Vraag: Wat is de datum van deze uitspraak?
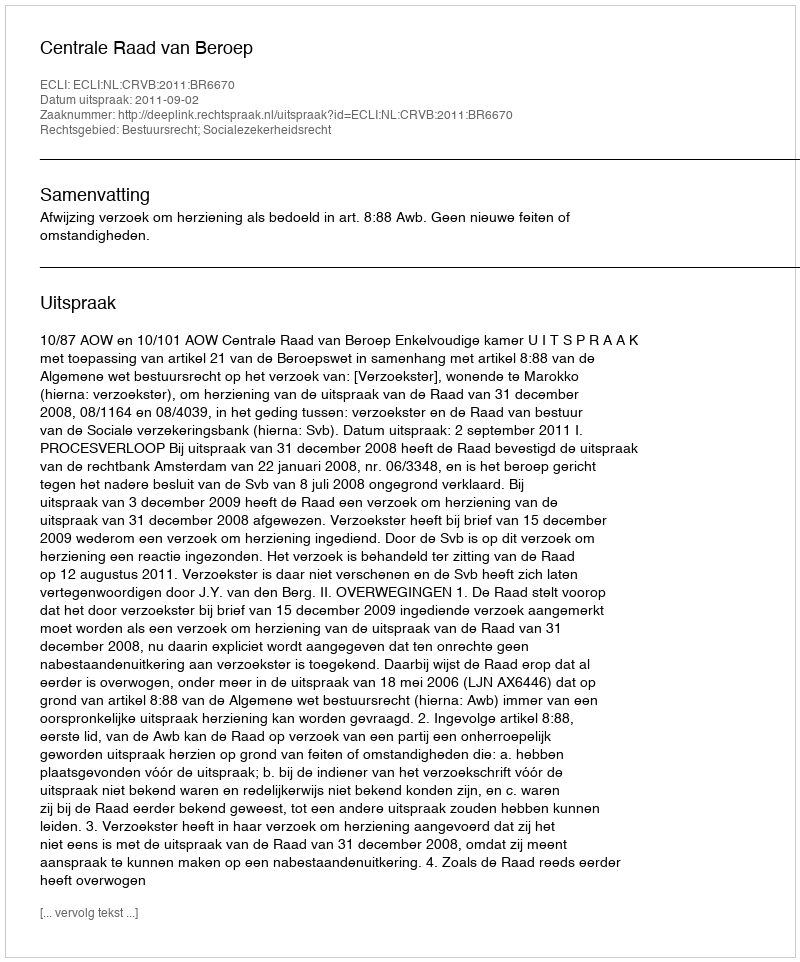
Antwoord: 2011-09-02